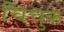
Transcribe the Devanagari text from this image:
चिचुक